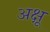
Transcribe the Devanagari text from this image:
अक्षू